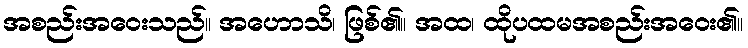
အစည်းအဝေးသည်။ အဟောသိ၊ ဖြစ်၏။ အထ၊ ထိုပထမအစည်းအဝေး၏။